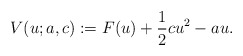
\begin{align*}V(u;a,c):=F(u)+\frac{1}{2}cu^2-au.\end{align*}